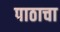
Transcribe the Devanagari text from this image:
पाठाचा